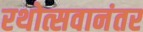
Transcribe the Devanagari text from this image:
रथोत्सवानंतर